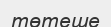
төтеше